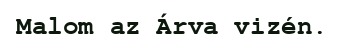
Malom az Árva vizén.